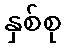
နှစ်စု